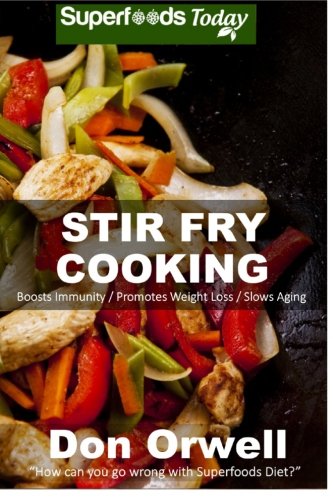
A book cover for Stir Fry Cooking: Over 40 Wheat Free, Heart Healthy, Quick & Easy, Low Cholesterol, Whole Foods Stur Fry Recipes, Antioxidants & Phytochemicals: ... & Easy-Low Cholesterol) (Volume 45); Don Orwell; Cookbooks, Food & Wine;